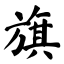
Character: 旗